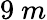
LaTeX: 9~m